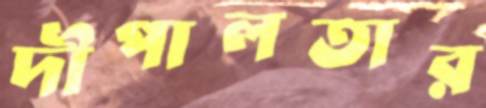
দীপালতার